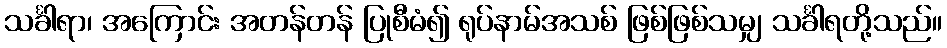
သင်္ခါရာ၊ အကြောင်း အတန်တန် ပြုစီမံ၍ ရုပ်နာမ်အသစ် ဖြစ်ဖြစ်သမျှ သင်္ခါရတို့သည်။